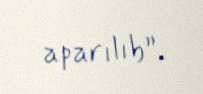
aparılıb”.